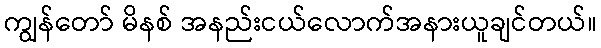
ကျွန်တော် မိနစ် အနည်းငယ်လောက်အနားယူချင်တယ်။